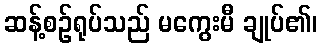
ဆန့်စဉ်ရုပ်သည် မကွေးမီ ချုပ်၏၊